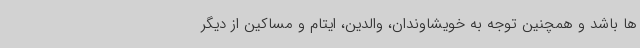
ها باشد و همچنین توجه به خویشاوندان، والدین، ایتام و مساکین از دیگر